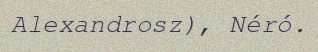
Alexandrosz), Néró.